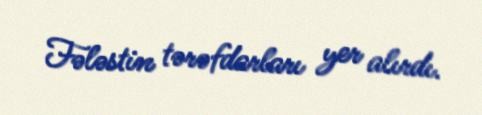
Fələstin tərəfdarları yer alırdı.